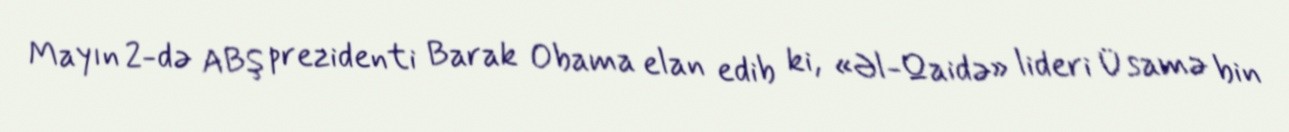
Mayın 2-də ABŞ prezidenti Barak Obama elan edib ki, «Əl-Qaidə» lideri Üsamə bin